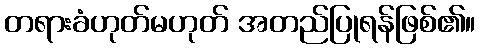
တရားခံဟုတ်မဟုတ် အတည်ပြုရန်ဖြစ်၏။